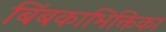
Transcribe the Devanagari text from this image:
बिंबकाभिक्तिका